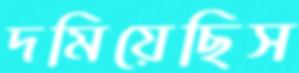
দমিয়েছিস